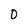
Character: 0